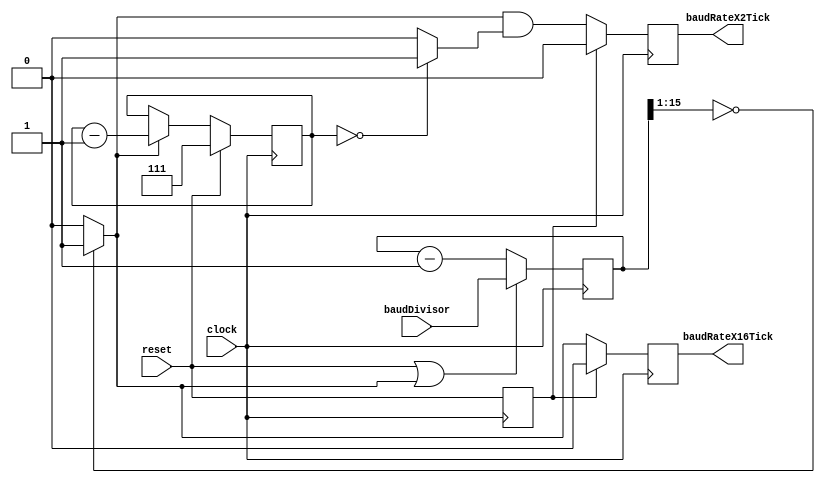
module baudGenerator ( input wire        clock,
                                         reset,
                       input wire [15:0] baudDivisor,
                       output reg        baudRateX16Tick,
                                         baudRateX2Tick );
  reg [15:0]  s_counterReg;
  reg         s_counterResetReg;
  reg [2:0]   s_baudDivReg;
  wire        s_counterLoad = s_counterReg[15:1] == 15'd0 ? 1'd1 : 1'd0;
  wire [15:0] s_counterNext = (reset == 1'b1 || s_counterLoad == 1'b1) ? baudDivisor : s_counterReg - 16'd1;
  wire [2:0]  s_baudDivNext = (reset == 1'b1) ? 3'd7 : (s_counterLoad == 1'b1) ? s_baudDivReg - 3'd1 : s_baudDivReg;
  wire        s_baudDivIsZero = (s_baudDivReg == 3'd0) ? 1'd1 : 1'd0;

  always @(posedge clock)
    begin
      s_counterResetReg <= reset;
      s_counterReg      <= s_counterNext;
      s_baudDivReg      <= s_baudDivNext;
      baudRateX16Tick   <= (s_counterResetReg == 1'b1) ? 1'b0 : s_counterLoad;
      baudRateX2Tick    <= (s_counterResetReg == 1'b1) ? 1'b0 : s_counterLoad & s_baudDivIsZero;
    end
endmodule